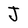
Character: J